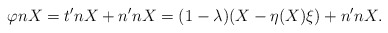
\begin{align*} \varphi nX=t'nX+n'nX=(1-\lambda) (X-\eta(X)\xi) + n'nX.\end{align*}